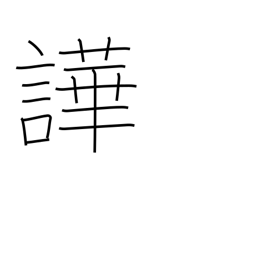
Meaning: noisy